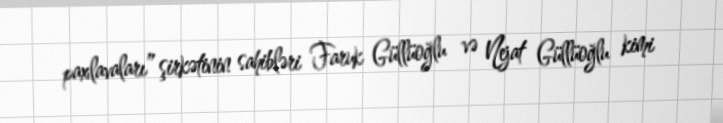
paxlavaları” şirkətinin sahibləri Faruk Güllüoğlu və Nejat Güllüoğlu kimi